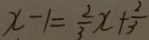
x - 1 = \frac { 2 } { 3 } x + \frac { 2 } { 3 }